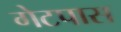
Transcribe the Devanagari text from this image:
गेटपास